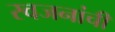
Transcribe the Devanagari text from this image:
स्वजनांची